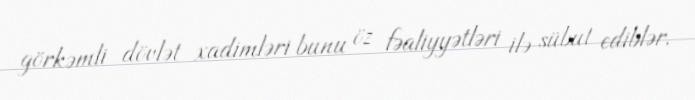
görkəmli dövlət xadimləri bunu öz fəaliyyətləri ilə sübut ediblər.